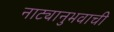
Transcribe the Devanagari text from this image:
नाट्यानुभवाची